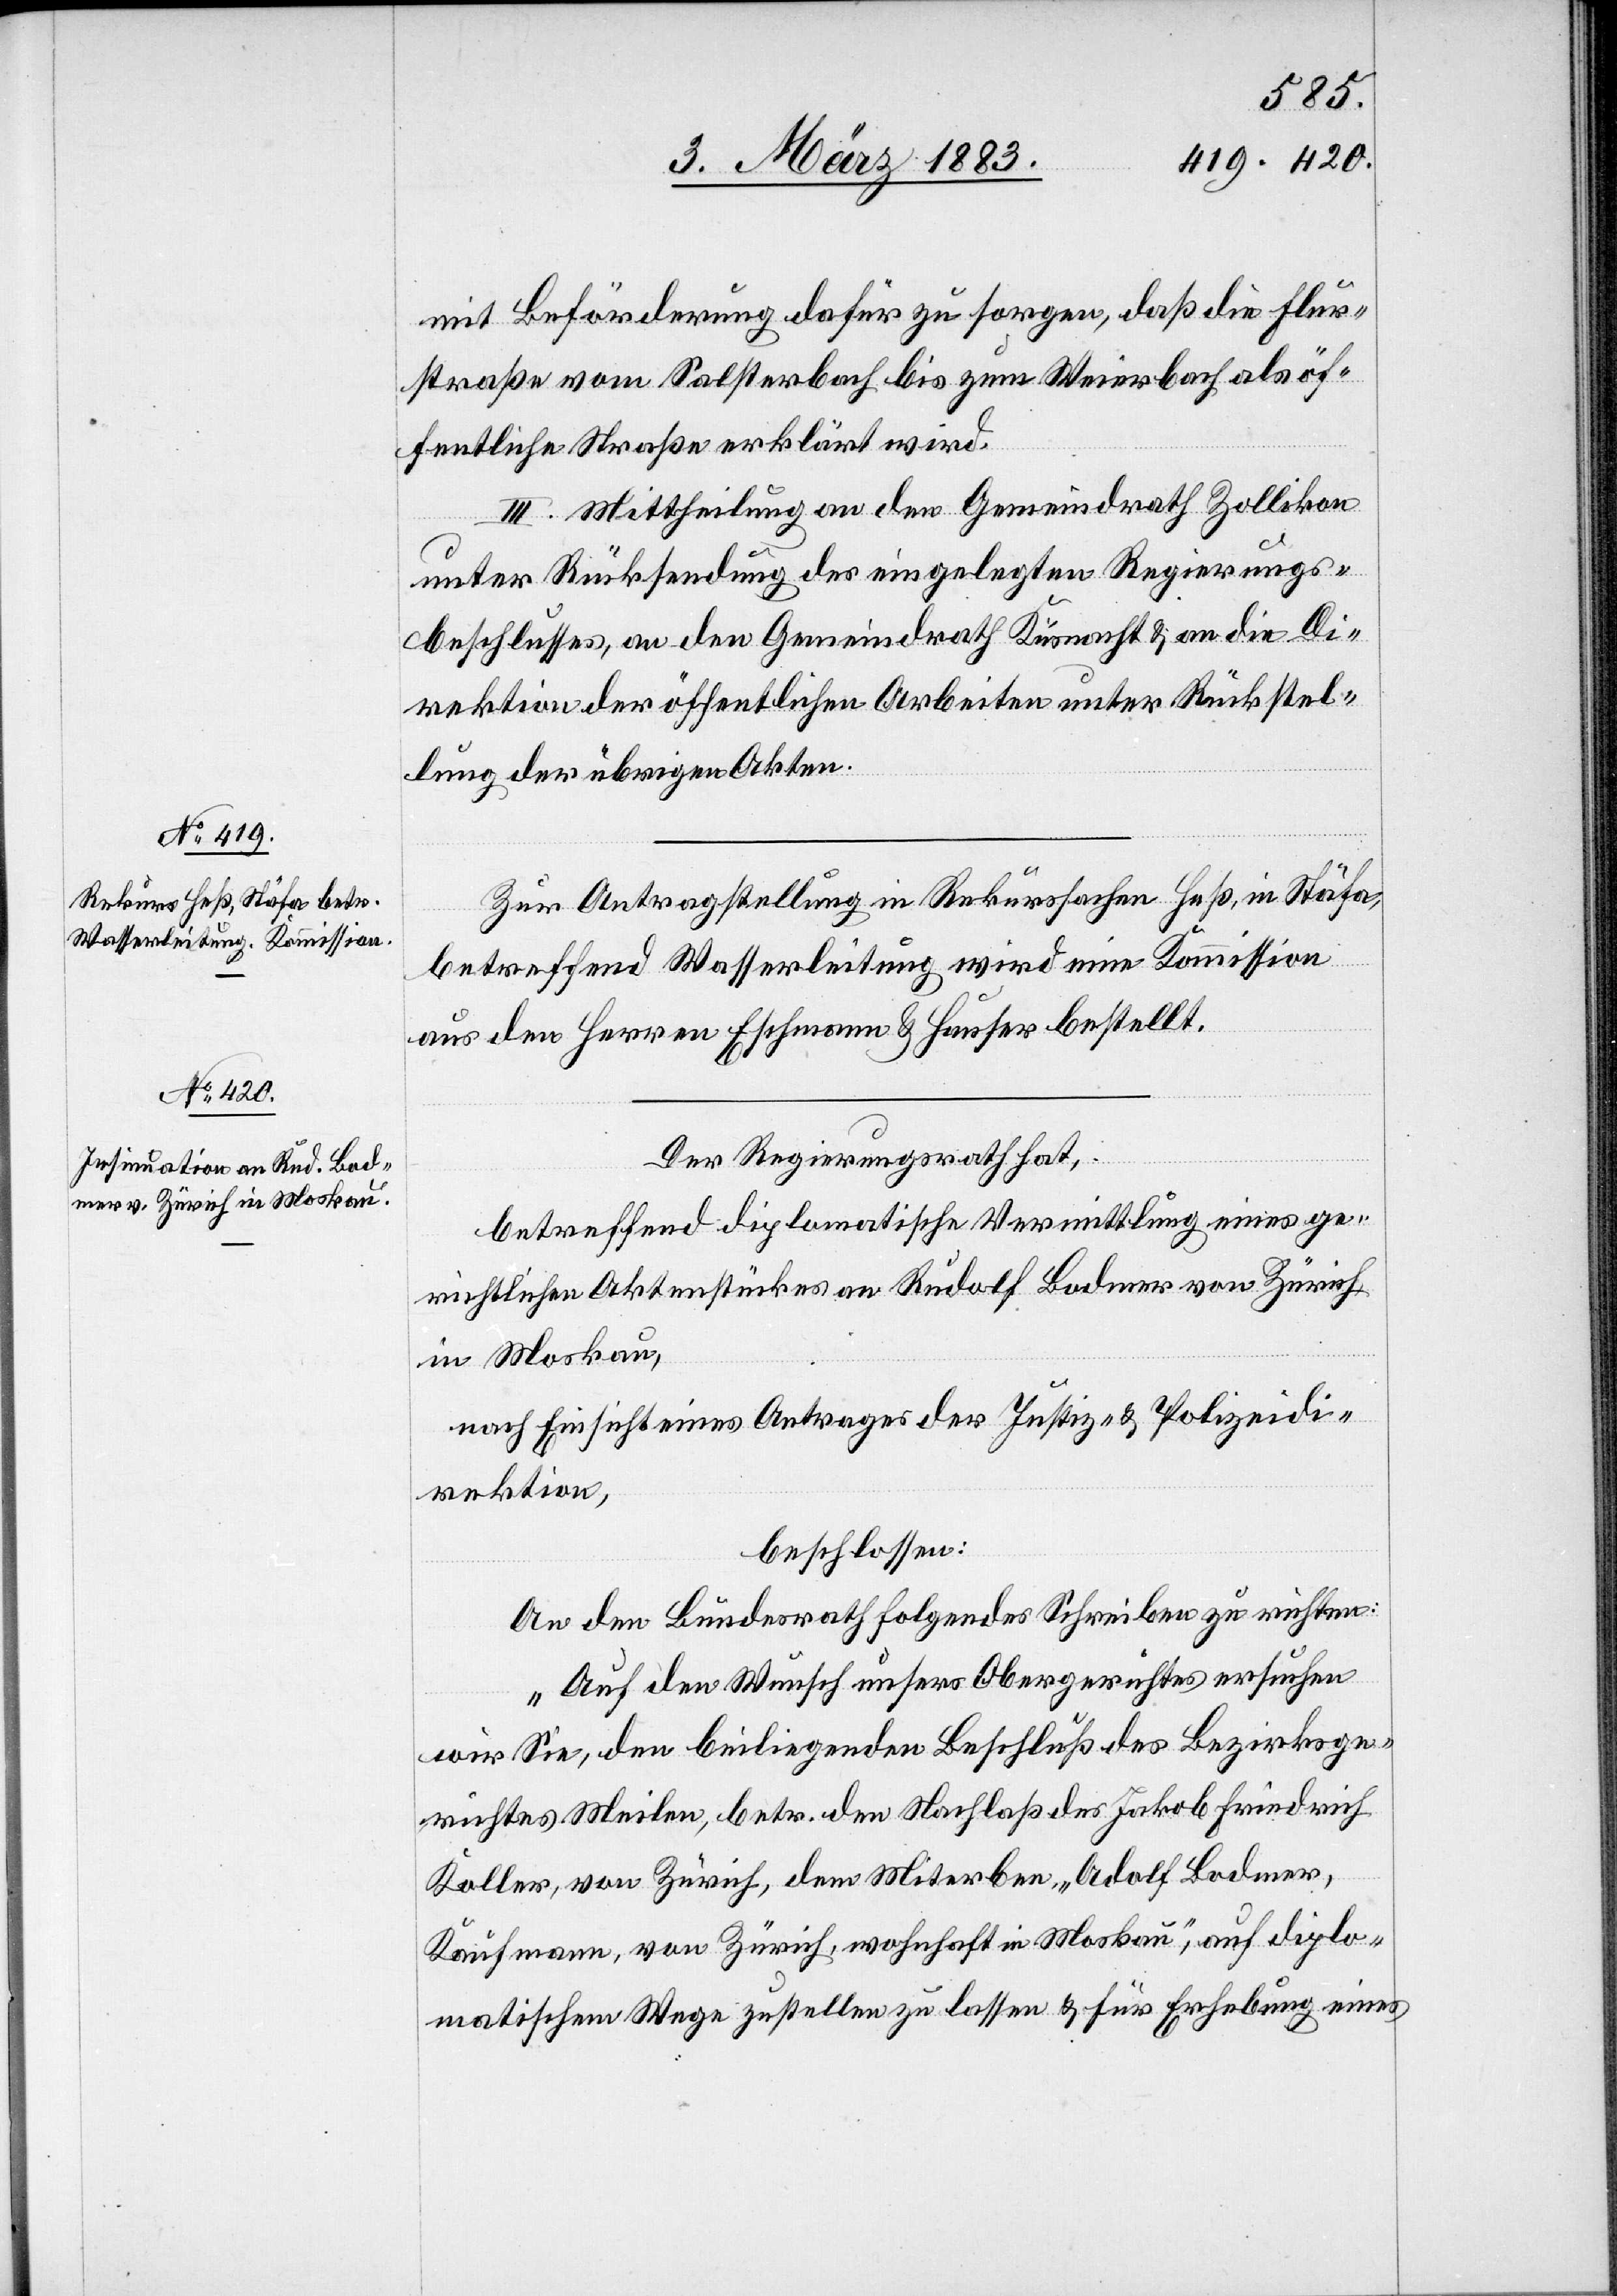
mit Beförderung dafür zu sorgen, daß die Flur¬
straße vom Salsterbach bis zum Weierbach als öf¬
fentliche Straße erklärt wird.
III. Mittheilung an den Gemeindrath Zollikon
Bodmer,
unter Rücksendung des eingelegten Regierungs¬
beschlusses, an den Gemeindrath Küsnacht & an die Di¬
rektion der öffentlichen Arbeiten unter Rückstel¬
lung der übrigen Akten.
Zur Antragstellung in Rekurssachen Heß, in Stäfa,
betreffend Wasserleitung wird eine Kommission
aus den Herren Eschmann & Hauser bestellt.
Der Regierungsrath hat,
betreffend diplomatische Vermittlung eines ge¬
richtlichen Aktenstückes an Rudolf Bodmer von Zürich,
in Moskau,
nach Einsicht eines Antrages der Justiz- & Polizeidi¬
rektion,
beschlossen:
An den Bundesrath folgendes Schreiben zu richten:
„Auf den Wunsch unsers Obergerichtes ersuchen
wir Sie, den beiliegenden Beschluß des Bezirksge¬
richtes Meilen, betr. den Nachlaß des Jakob Friedrich
Koller, von Zürich, dem Miterben „Adolf [sic!]
Kaufmann, von Zürich, wohnhaft in Moskau“, auf diplo¬
matischem Wege zustellen zu lassen & für Erhebung eines